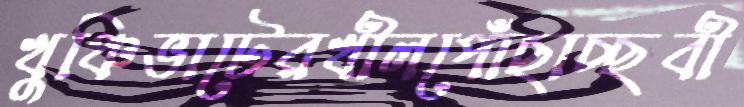
খুঞ্চিভাটেরখীলপোঁছাচ্ছবী